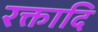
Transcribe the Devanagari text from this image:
रक्तादि